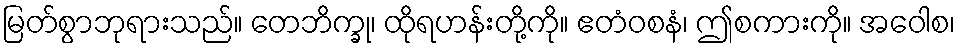
မြတ်စွာဘုရားသည်။ တေဘိက္ခု၊ ထိုရဟန်းတို့ကို။ ဧတံဝစနံ၊ ဤစကားကို။ အဝေါစ၊